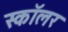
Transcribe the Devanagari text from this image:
स्‍कॉलर